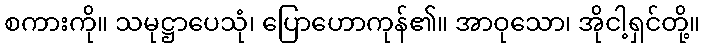
စကားကို။ သမုဋ္ဌာပေသုံ၊ ပြောဟောကုန်၏။ အာဝုသော၊ အိုငါ့ရှင်တို့။